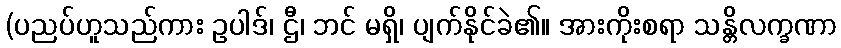
(ပညပ်ဟူသည်ကား ဥပါဒ်၊ ဌီ၊ ဘင် မရှိ၊ ပျက်နိုင်ခဲ၏။ အားကိုးစရာ သန္တိလက္ခဏာ